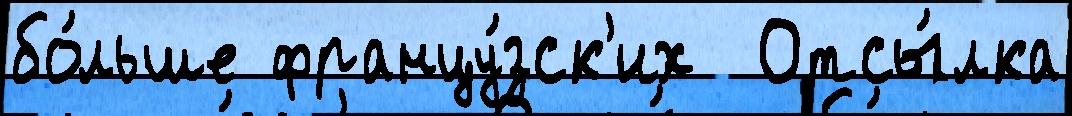
бо́льше францу́зск'их  Отсы́лка